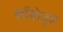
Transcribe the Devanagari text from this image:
साँखेजुङ